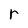
Character: r